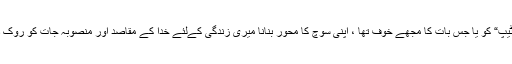
”میری ٹیپ“ کو یا جس بات کا مجھے خوف تھا ، اپنی سوچ کا محور بنانا میری زندگی کےلئے خدا کے مقاصد اور منصوبہ جات کو روک دیتا ہے۔